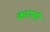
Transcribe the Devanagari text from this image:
कारणॊ